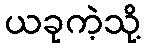
ယခုကဲ့သို့